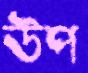
উপ